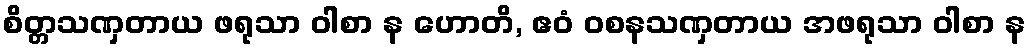
စိတ္တသဏှတာယ ဖရုသာ ဝါစာ န ဟောတိ, ဧဝံ ဝစနသဏှတာယ အဖရုသာ ဝါစာ န